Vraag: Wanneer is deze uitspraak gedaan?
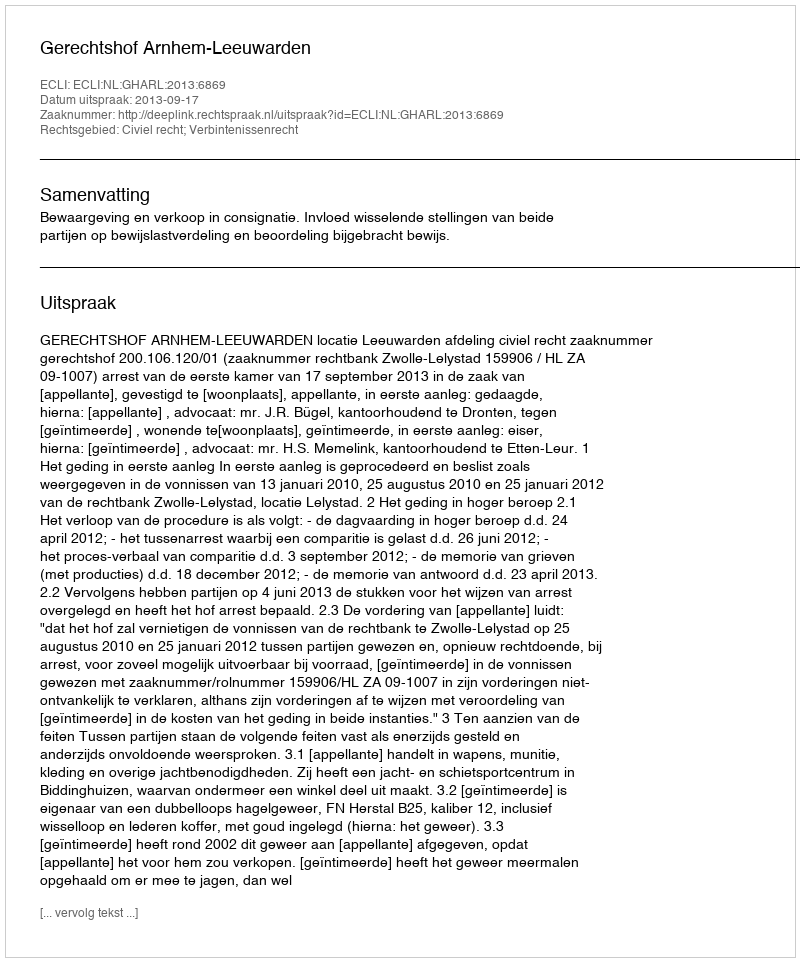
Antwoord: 2013-09-17